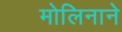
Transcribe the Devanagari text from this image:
मोलिनाने